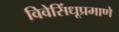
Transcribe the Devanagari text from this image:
विवेसिंधूप्रमाणे